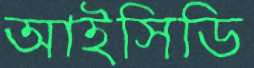
আইসিডি